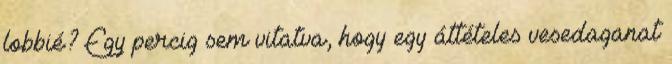
lobbié? Egy percig sem vitatva, hogy egy áttételes vesedaganat